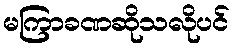
မကြာခဏဆိုသလိုပင်